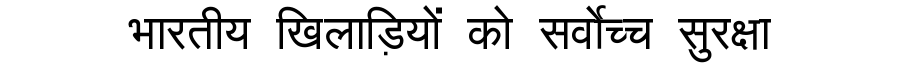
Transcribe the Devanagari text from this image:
भारतीय खिलाड़ियों को सर्वोच्च सुरक्षा